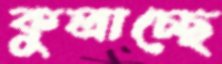
কুলাচ্ছে